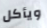
ويأكل